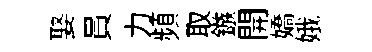
娶員力頻取鏃開嬌娥